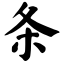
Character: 条